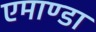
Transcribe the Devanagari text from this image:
एमाण्डा